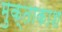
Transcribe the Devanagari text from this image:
मुक्ताकाश